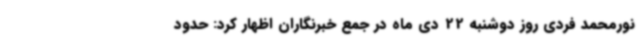
نورمحمد فردی روز دوشنبه 22 دی ماه در جمع خبرنگاران اظهار کرد: حدود